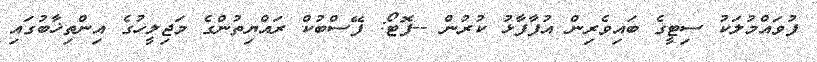
ފުވައްމުލަކު ސިޓީގެ ބައިވެރިން އުފާފާޅު ކުރުން --ފޮޓޯ: ފޭސްބުކް ރައްޔިތުންގެ މަޖިލީހުގެ އިންތިޚާބުގައި